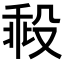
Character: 𣪜